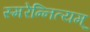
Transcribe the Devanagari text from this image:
स्मरेन्‍नित्यम्‌